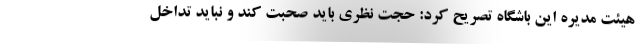
هیئت مدیره این باشگاه تصریح کرد: حجت نظری باید صحبت کند و نباید تداخل